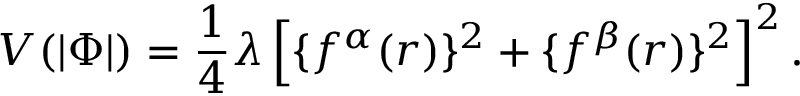
V ( | \Phi | ) = \frac { 1 } { 4 } \lambda \left[ \{ f ^ { \alpha } ( r ) \} ^ { 2 } + \{ f ^ { \beta } ( r ) \} ^ { 2 } \right] ^ { 2 } .